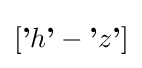
[{\textbf {'}}h{\textbf {'}}-{\textbf {'}}z{\textbf {'}}]